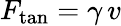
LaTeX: F_{\mathrm{tan}}=\gamma\, v